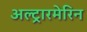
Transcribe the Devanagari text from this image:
अल्ट्रारमेरिन